Lunatic asylums Punjab 1895-1910 - 1895-1910
Year: 1895
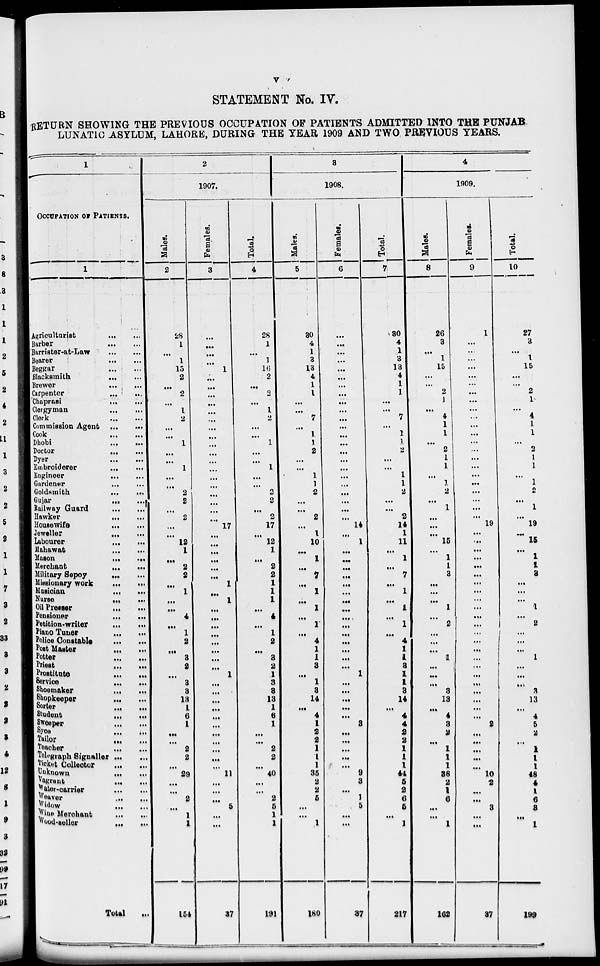
v
STATEMENT No. IV.
RETURN SHOWING THE PREVIOUS OCCUPATION OF PATIENTS ADMITTED INTO THE PUNJAB.
LUNATIC ASYLUM, LAHORE, DURING THE TEAR 1909 AND TWO PREVIOUS YEARS.
1
OCCUPATION OF PATIENTS.
1
Agriculturist
...
...
Barber ... ...
Barrister-at-Law
...
...
Bearer
...
...
Beggar ... ...
Blacksmith ... ...
Brewer
...
...
Carpenter
...
...
Chaprasi ... ...
Clergyman
...
...
Clerk ... ...
Commission Agent
Cook ... ...
Dhobi
...
...
Doctor
...
...
Dyer ... ...
Embroiderer ... ...
Engineer
...
...
Gardener
...
...
Goldsmith ... ...
Gujar
...
...
Railway Guard
...
...
Hawker ... ...
Housewife ... ...
Jeweller
...
...
labourer
...
...
Mahawat
...
...
Mason
...
...
Merchant ... ...
Military Sepoy
...
...
Missionary work
...
...
Musician
...
...
Nurse
...
...
Oil Presser
...
...
Pensioner
...
...
Petition-writer
...
...
Piano Tuner
...
...
Police Constable
...
...
tat Master
...
...
Potter ... ...
Priest
...
...
Prostitute ... ...
Service
...
...
Shoemaker
...
...
Shopkeeper
...
...
Sorter
...
...
Student
...
...
Sweeper ... ...
Syce ... ...
Tailor
...
...
Teacher ... ...
Telegraph Signaller ... ...
Ticket Collector
...
...
Unknown
...
...
Vagrant ... ...
Water-carrier ... ...
Weaver ... ...
widow
...
...
wine Merchant ... ...
wood-seller
Total
..
2
1907
Males.
2
28
1
...
1
15
2
...
2
...
1
2
...
...
1
...
...
1
...
...
2
2
...
2
...
...
12
1
...
2
2
...
1 ...
...
4
...
1
2
...
3
2 ...
8
3
18
1
6
1
...
2
2
...
29
...
...
2
...
1
1
154
Females.
3
...
...
...
...
1
...
...
...
...
...
...
...
...
...
...
...
...
...
...
...
...
...
17
...
...
...
...
...
...
1
1
...
...
...
...
...
...
...
1
...
...
...
...
...
...
...
...
...
...
11
...
...
...
5
5
...
37
Total.
4
28
1
...
1
16
2
...
2
...
1
2
...
...
1
...
...
1
...
...
2
2
...
2
17
...
12
1
...
2
2
1
1
1
...
...
1
2
3
2
3
8
13
1
1
6
...
...
2
2
...
40
...
...
2
5
1
1
191
3
1908.
Males.
5
30
4
1
3
131
4
1
1
...
7
...
1
1
2
...
...
1
1 ...
...
2 2
1
10
...
1
...
...
...
...
1
1
4
1
1
3
1
8
14
...
4
1
2
2
1
1
35
2
2
5
...
...
...
180
Females.
6
...
...
...
...
...
...
...
...
...
...
...
...
...
...
...
...
...
...
...
...
...
14
...
1
...
...
...
...
...
...
...
...
...
...
...
...
...
...
1
...
...
...
...
...
...
3
...
...
...
9
3
...
1
5
5
1
87
Total.
7
30
4
1
3
13
4
1
1
...
...
7
...
1
1
2
...
...
1
1
2
...
2
14
1
11
...
1
...
1
1
1
1
4
1
1
3
1
1
3
14
...
4
2
1
1
1
5
2
6
5
...
217
4
1909.
Males.
8
26
3
...
1
15
...
...
2
1
...
...
1
1
...
...
1
1
1
1
2
1
...
...
...
15
...
1
1
3
3
...
...
...
1
...
2
...
...
...
...
...
...
3
l3
10
...
4
3
2
1
1
1
2
1
1
6
...
1
162
Females.
9
1
...
...
...
...
...
...
...
...
...
...
...
...
...
...
...
...
...
...
...
...
...
...
19
...
...
...
...
...
...
...
...
...
...
...
...
...
...
...
...
...
...
...
8
...
...
...
...
10
2
...
...
8
..
37
Total.
10
27
3
...
1
15
...
...
2
1
...
4
1
1
...
2
1
1
1
...
2
1
...
19
...
15
...
1
1
3
...
...
l
1
11
2
...
...
1
1
...
...
3
3
l3
4
5
2
...
1
1
1
18
4
1
6
8
1
199